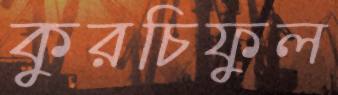
কুরচিফুল